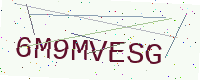
Text: 6M9MVESG